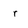
Character: r